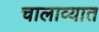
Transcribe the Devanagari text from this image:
चालाव्यात